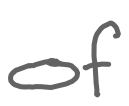
Text: of
Cross-out: clean
Writing tool: digital_gray